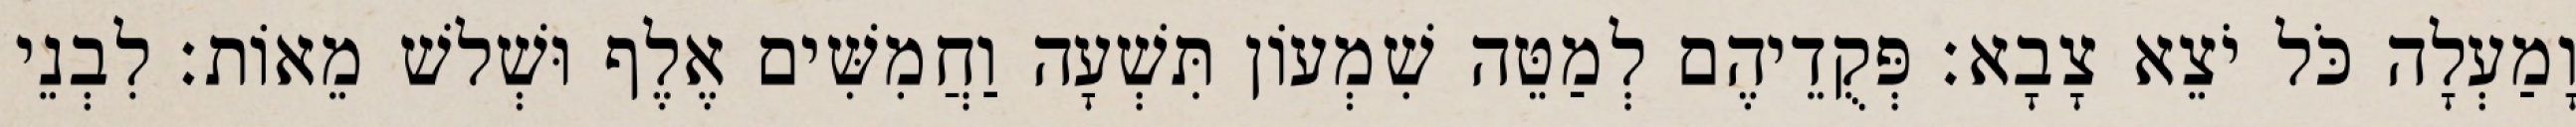
וָמַעְלָה כֹּל יֹצֵא צָבָא׃ פְּקֻדֵיהֶם לְמַטֵּה שִׁמְעוֹן תִּשְׁעָה וַחֲמִשִּׁים אֶלֶף וּשְׁלשׁ מֵאוֹת׃ לִבְנֵי